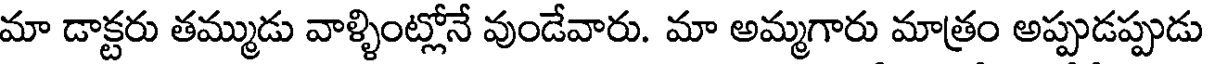
మా డాక్టరు తమ్ముడు వాళ్ళింట్లోనే వుండేవారు. మా అమ్మగారు మాత్రం అప్పుడప్పుడు